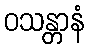
ဝသန္တာနံ